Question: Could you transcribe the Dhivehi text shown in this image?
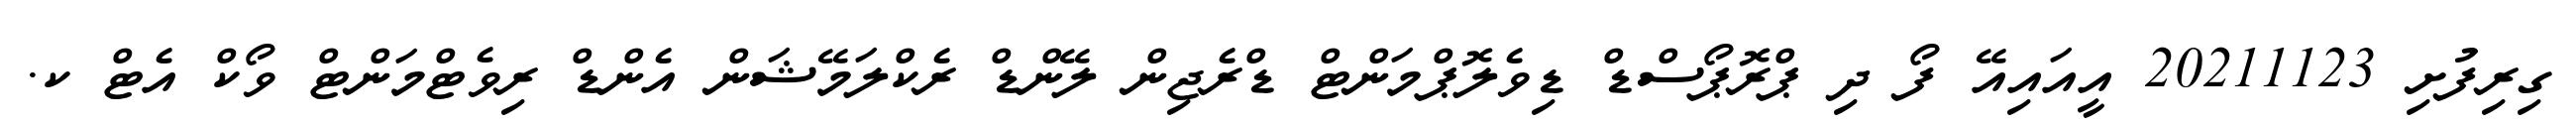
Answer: ގިރިފުށި 20211123 އީއައިއޭ ފޯ ދި ޕްރޮޕޯސްޑް ޑިވެލޮޕްމަންޓް ޑްރެޖިން ލޭންޑް ރެކްލަމޭޝަން އެންޑް ރިވެޓްމަންޓް ވޯކް އެޓް ކ.